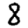
Digit: 8